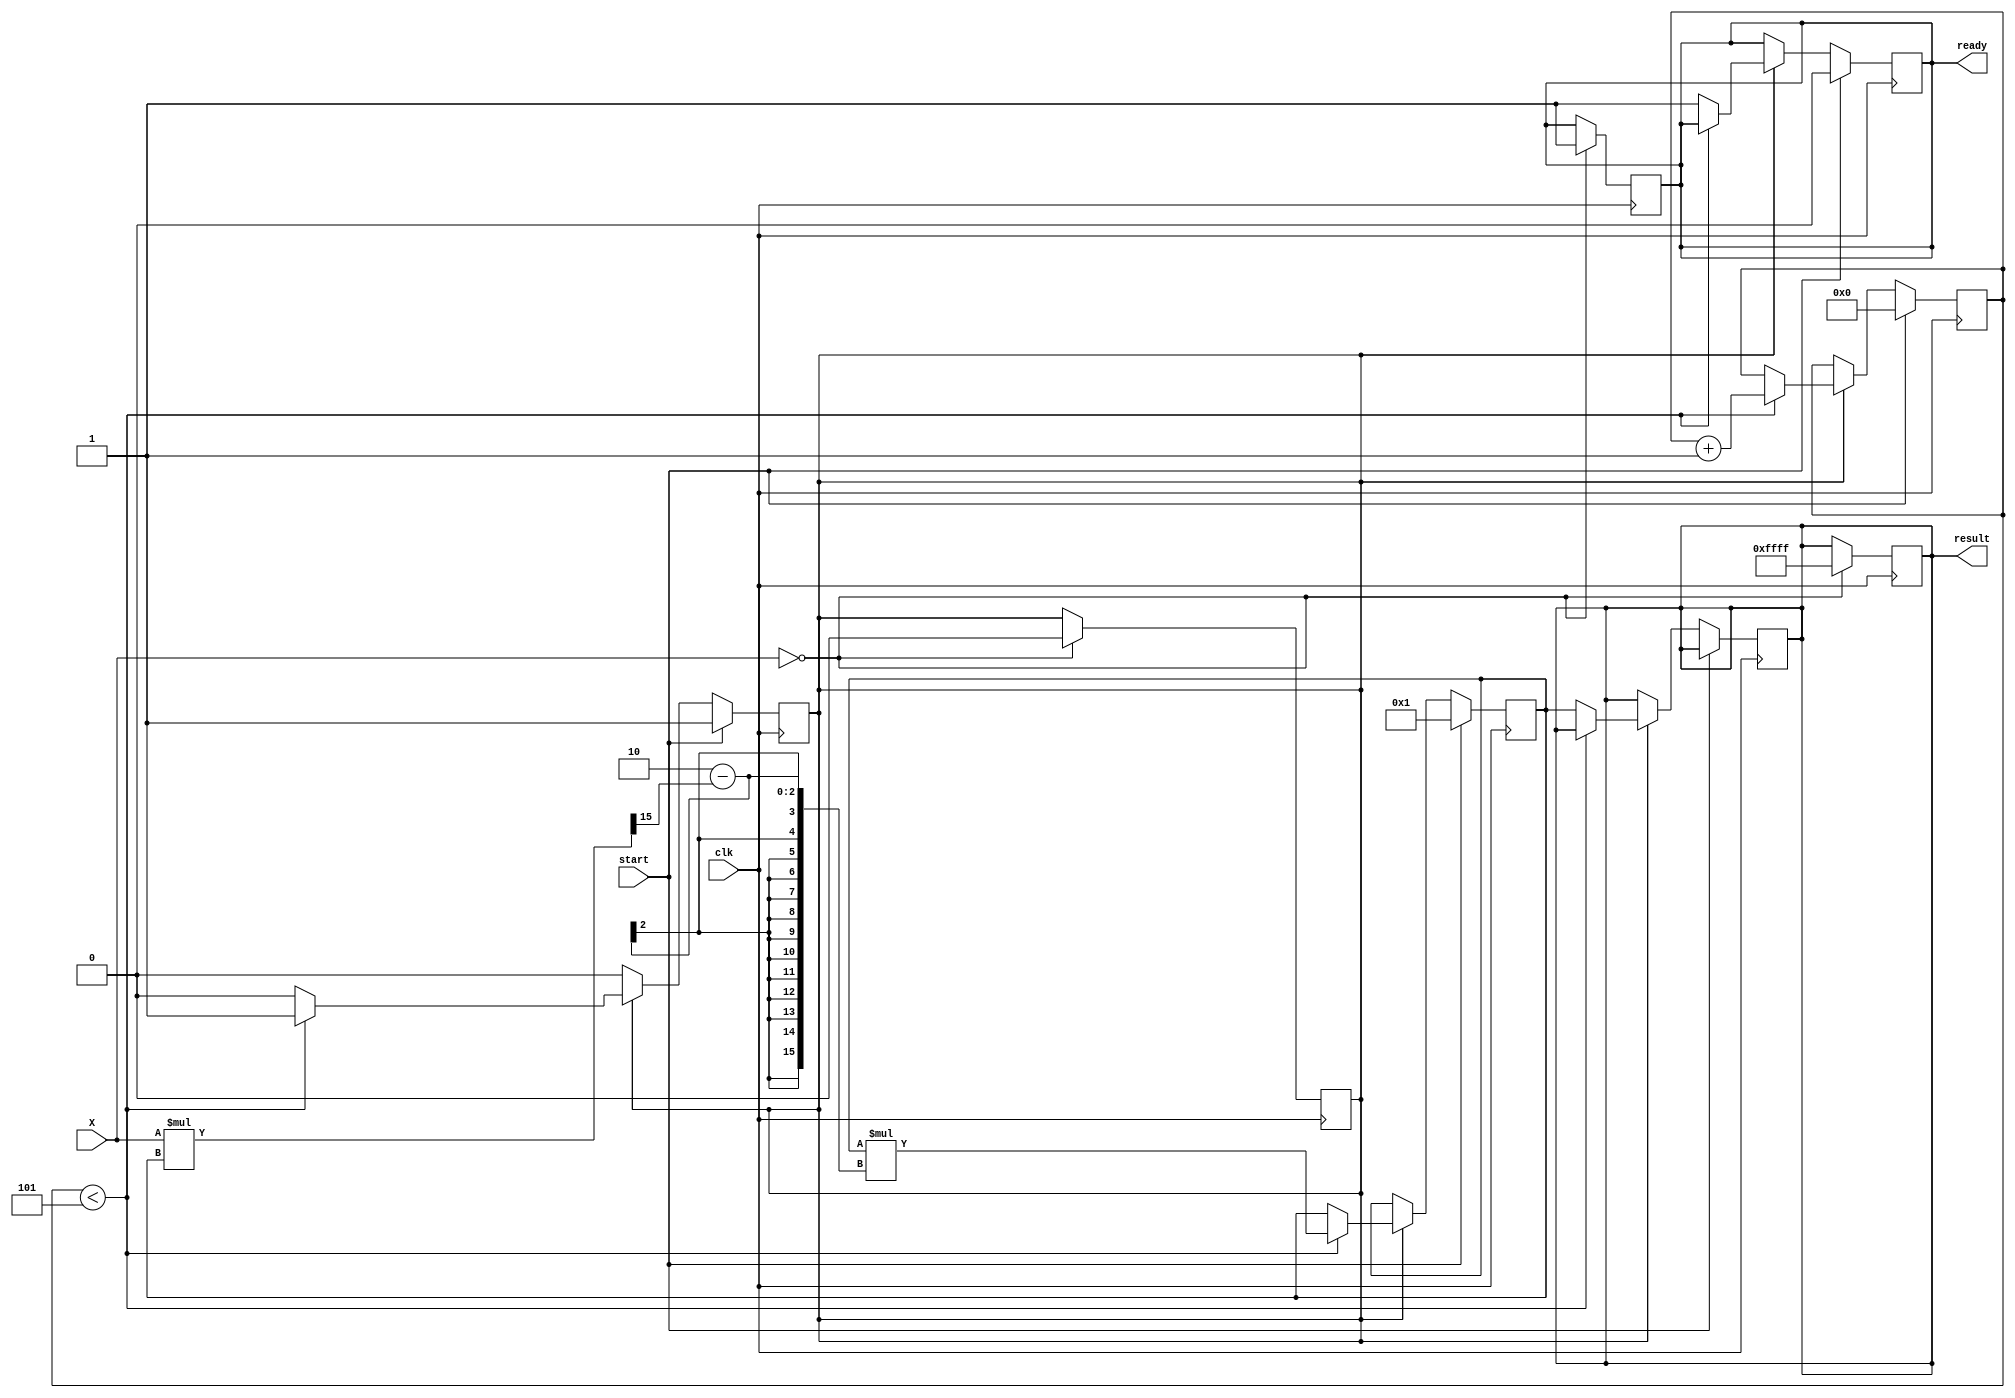
module bitwise_reciprocal (
    input wire [15:0] X,       // Input: 16-bit fixed-point or integer number
    input wire clk,            // Clock input
    input wire start,          // Start signal for the computation
    output reg [15:0] result,  // Output: 16-bit reciprocal
    output reg ready           // Output ready signal
);

    parameter ITERATIONS = 5;  // Number of iterations for refinement

    reg [15:0] estimate;        // Current estimate of reciprocal
    reg [3:0] iter_count;       // Iteration counter
    reg computing;              // State for computing

    always @(posedge clk) begin
        if (start) begin
            // Initialize variables
            estimate <= 16'h0001; // Initial estimate (1)
            iter_count <= 0;
            computing <= 1;
            ready <= 0;
        end else if (computing) begin
            if (iter_count < ITERATIONS) begin
                // Newton-Raphson iteration: estimate = estimate * (2 - (X * estimate))
                estimate <= estimate * (16'h0002 - (X * estimate >> 15)); // Shift right to scale
                iter_count <= iter_count + 1;
            end else begin
                // Finished computing
                result <= estimate; // Final result
                computing <= 0;
                ready <= 1; // Signal that result is ready
            end
        end
    end

    always @(posedge clk) begin
        // Handle special case for X = 0
        if (X == 0) begin
            result <= 16'hFFFF; // Convention for undefined reciprocal (infinity)
            ready <= 1;
            computing <= 0;
        end
    end

endmodule